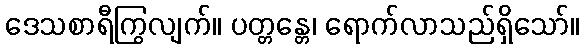
ဒေသစာရီကြွလျက်။ ပတ္တန္တေ၊ ရောက်လာသည်ရှိသော်။